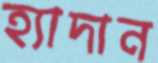
হ্যাদান